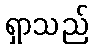
ရှာသည်